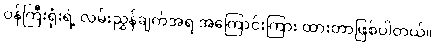
ဝန်ကြီးရုံးရဲ့ လမ်းညွှန်ချက်အရ အကြောင်းကြား ထားတာဖြစ်ပါတယ်။